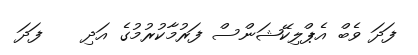
ފަދަ ވެބް އެޕްލިކޭޝަންސް ފަރުމާކުރުމުގެ އަދި    ފަދަ